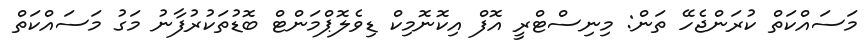
މަސައްކަތް ކުރަންޖެހޭ ތަން: މިނިސްޓްރީ އޮފް އިކޮނޮމިކް ޑިވެލޮޕްމަންޓް ބޮޑުތަކުރުފާނު މަގު މަސައްކަތް